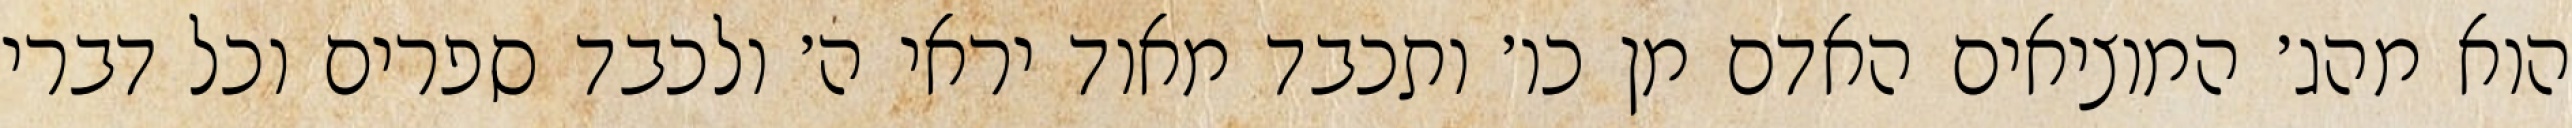
הוא מהג׳ המוציאים האדם מן כו׳ ותכבד מאוד יראי ה׳ ולכבד ספרים וכל דברי